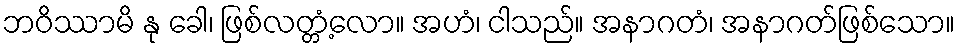
ဘဝိဿာမိ နု ခေါ၊ ဖြစ်လတ္တံ့လော။ အဟံ၊ ငါသည်။ အနာဂတံ၊ အနာဂတ်ဖြစ်သော။